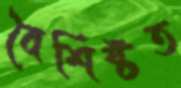
বৈশিষ্টত